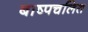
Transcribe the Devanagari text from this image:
बाष्पचलित